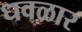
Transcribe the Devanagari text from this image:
धवळार